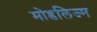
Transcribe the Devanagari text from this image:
मोडलिज्म